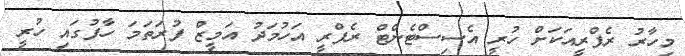
މިހާރު ރެފްރީއަކަށް ހުރީ އެސިސްޓެންޓް ރެފްރީ އަހުމަދު އަމީޒް ފުރަތަމަ ހާފުގައި ހުރީ